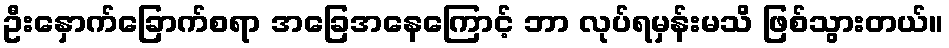
ဦးနှောက်ခြောက်စရာ အခြေအနေကြောင့် ဘာ လုပ်ရမှန်းမသိ ဖြစ်သွားတယ်။